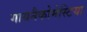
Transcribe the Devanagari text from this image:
गायनैकोमेस्टिया